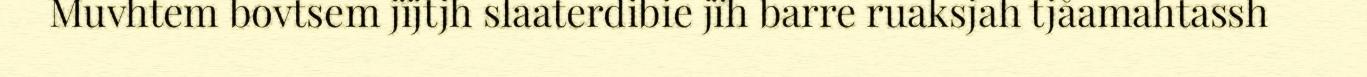
Muvhtem bovtsem jïjtjh slaaterdibie jïh barre ruaksjah tjåamahtassh